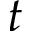
t